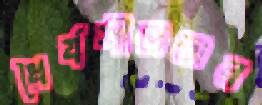
ধৈর্যশীলতার